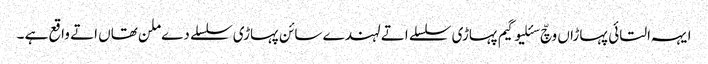
ایہہ التائی پہاڑاں وچّ سئلیوگیم​ پہاڑی سلسلے اتے لہندے سائن پہاڑی سلسلے دے ملن تھاں اتے واقع ہے ۔